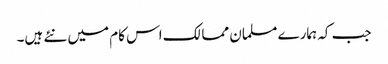
جب کہ ہمارے مسلمان ممالک اس کام میں نئے ہیں۔